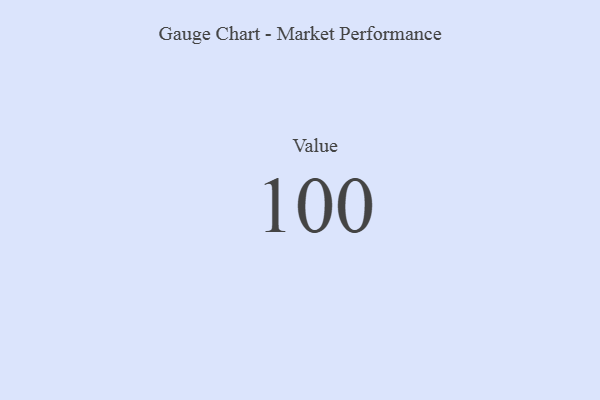
{"axis": {"x": "Metric", "y": "Value"}, "legend": [""], "data": [{"x": "Value", "y": 100, "type": ""}]}